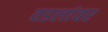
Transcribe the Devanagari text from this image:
वडलांवर